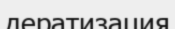
дератизация